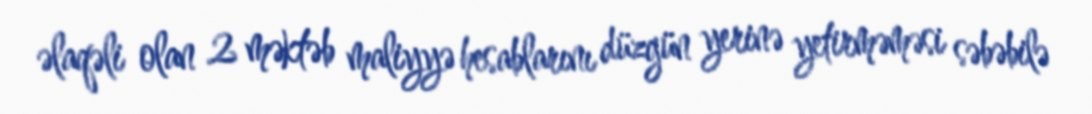
əlaqəli olan 2 məktəb maliyyə hesablarını düzgün yerinə yetirməməsi səbəbilə